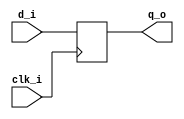
// Name: d_ff.v
//
// Description: Basic D flip flop

module d_ff (
  input      clk_i,  
  input      d_i,     
  output reg q_o      
);

  always @(posedge clk_i) begin
    q_o <= d_i;     
  end

endmodule